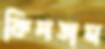
কিনতাম